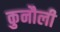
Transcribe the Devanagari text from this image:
कुनौली